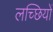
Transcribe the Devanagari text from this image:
लच्छियों